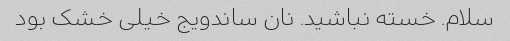
سلام. خسته نباشید. نان ساندویج خیلی خشک بود